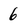
Character: 6